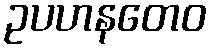
ဥပဟနတေဝ